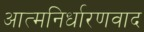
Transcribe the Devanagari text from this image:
आत्मनिर्धारणवाद